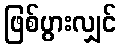
ဖြစ်ပွားလျှင်